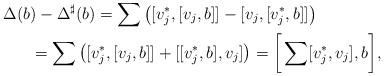
LaTeX: \begin{gather*}\Delta(b)-\Delta^\sharp(b)=\sum\big([v_j^*, [v_j, b]]-[v_j, [v_j^*, b]]\big)\\\phantom{\Delta(b)-\Delta^\sharp(b)}=\sum\big([v_j^*, [v_j, b]]+[[v_j^*, b], v_j]\big)=\bigg[\sum [v_j^*, v_j], b\bigg],\end{gather*}